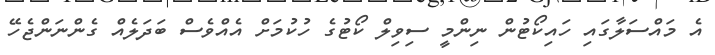
އެ މައްސަލާގައި ހައިކޯޓުން ނިންމީ ސިވިލް ކޯޓުގެ ހުކުމަށް އެއްވެސް ބަދަލެއް ގެންނަންޖެހޭ